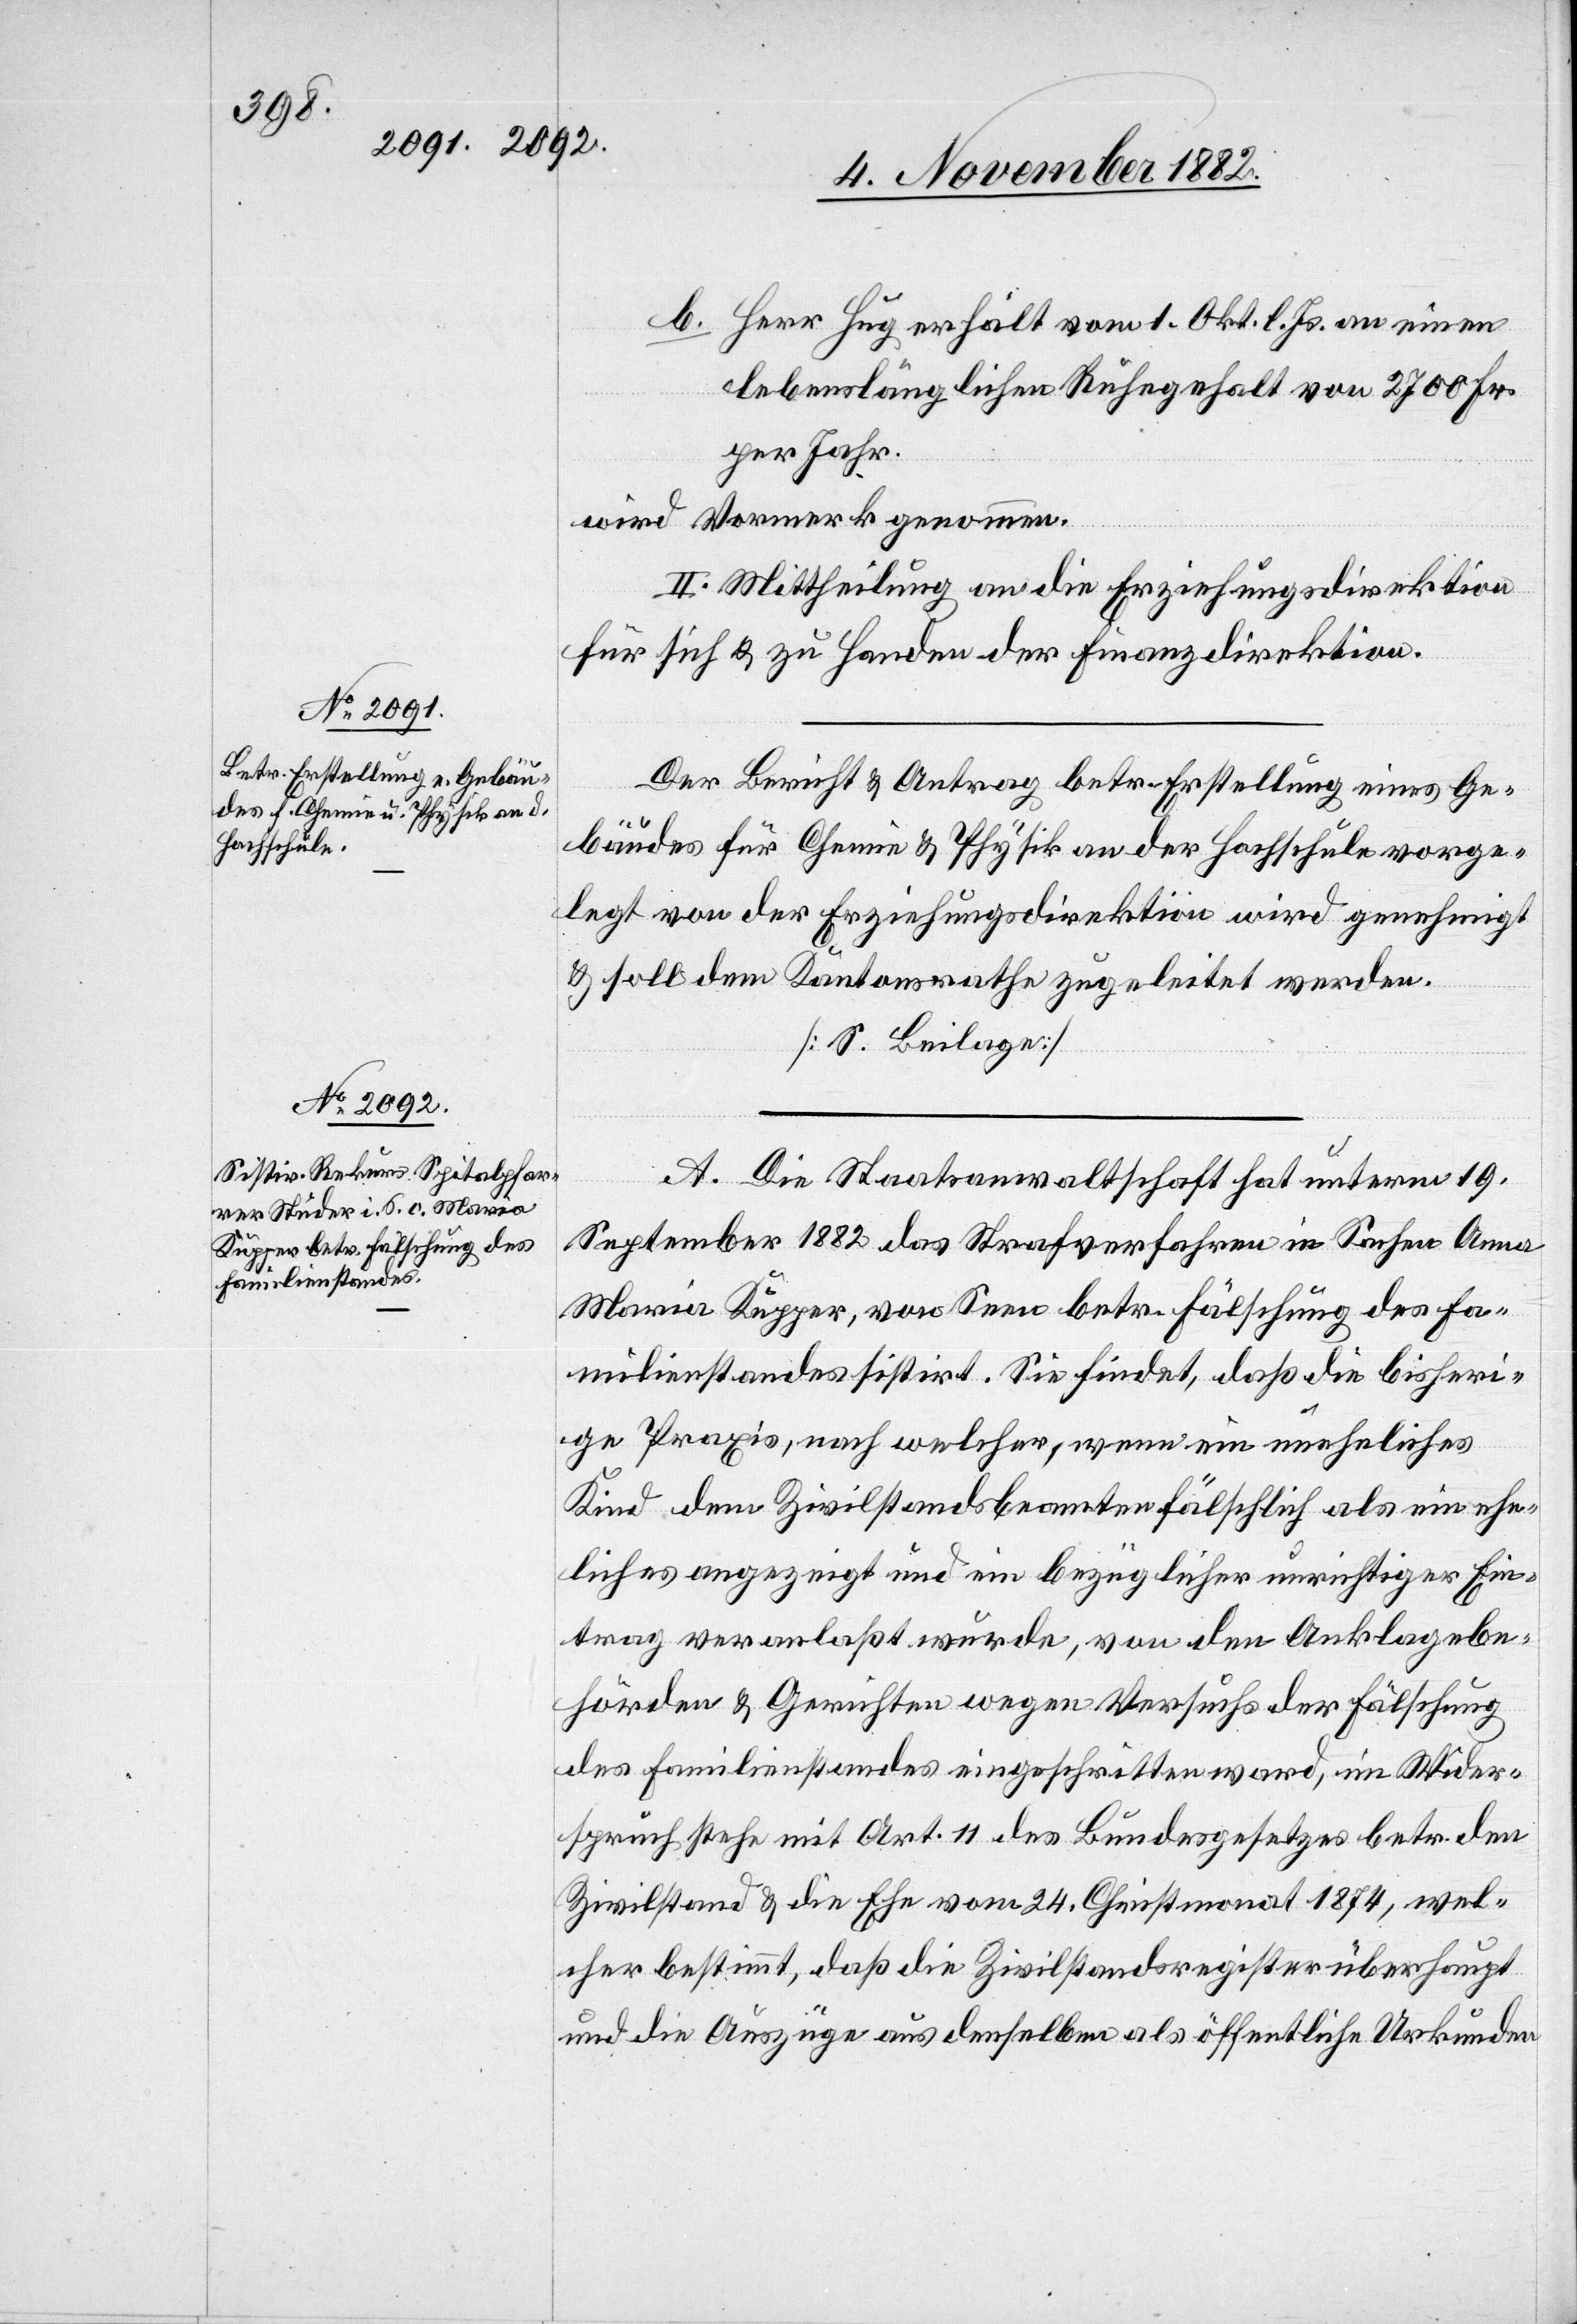
b. Herr Hug erhält vom 1. Okt. l. Js. an einen
lebenslänglichen Ruhegehalt von 2700 Fr.
per Jahr.
wird Vormerk genommen.
II. Mittheilung an die Erziehungsdirektion
für sich & zu Handen der Finanzdirektion.
Der Bericht & Antrag betr. Erstellung eines Ge¬
bäudes für Chemie & Physik an der Hochschule vorge¬
legt von der Erziehungsdirektion wird genehmigt
& soll dem Kantonsrathe zugeleitet werden.
[S. Beilage]
A. Die Staatsanwaltschaft hat unterm 19.
September 1882 das Strafverfahren in Sachen Anna
Maria Kupper, von Seen betr. Fälschung des Fa¬
milienstandes sistirt. Sie findet, daß die bisheri¬
ge Praxis, nach welcher, wenn ein uneheliches
Kind dem Zivilstandsbeamten fälschlich als ein ehe¬
liches angezeigt und ein bezüglicher unrichtiger Ein¬
trag veranlaßt wurde, von den Anklagebe¬
hörden & Gerichten wegen Versuchs der Fälschung
des Familienstandes eingeschritten ward, im Wider¬
spruch stehe mit Art. 11 des Bundesgesetzes betr. den
Zivilstand & die Ehe vom 24. Christmonat 1874, wel¬
cher bestimmt, daß die Zivilstandsregister überhaupt
und die Auszüge aus denselben als öffentliche Urkunden